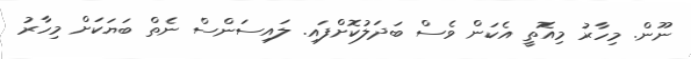
ނޫން. މިހާރު މިއޮތީ އެކަން ވެސް ބަދަލުކޮށްފައި. ލައިސަންސް ނެތް ބަޔަަކަށް މިހާރު